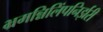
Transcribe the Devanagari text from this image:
भ्रमन्निलिंपनिर्झरी